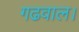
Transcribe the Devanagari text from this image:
गढवाल।